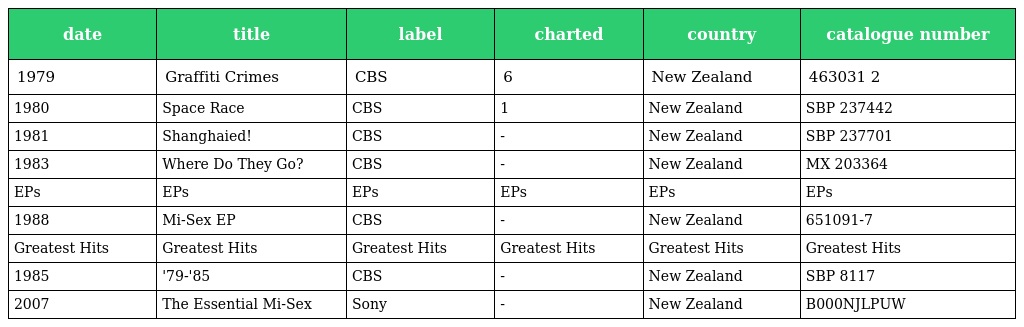
| date | title | label | charted | country | catalogue number |
 | --- | --- | --- | --- | --- | --- |
 | 1979 | Graffiti Crimes | CBS | 6 | New Zealand | 463031 2 |
 | 1980 | Space Race | CBS | 1 | New Zealand | SBP 237442 |
 | 1981 | Shanghaied! | CBS | - | New Zealand | SBP 237701 |
 | 1983 | Where Do They Go? | CBS | - | New Zealand | MX 203364 |
 | EPs | EPs | EPs | EPs | EPs | EPs |
 | 1988 | Mi-Sex EP | CBS | - | New Zealand | 651091-7 |
 | Greatest Hits | Greatest Hits | Greatest Hits | Greatest Hits | Greatest Hits | Greatest Hits |
 | 1985 | '79-'85 | CBS | - | New Zealand | SBP 8117 |
 | 2007 | The Essential Mi-Sex | Sony | - | New Zealand | B000NJLPUW |